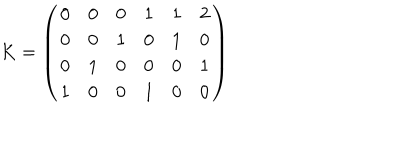
K = \left( \begin{matrix} { { 0 } } & { { 0 } } & { { 0 } } & { { 1 } } & { { 1 } } & { { 2 } } \\ { { 0 } } & { { 0 } } & { { 1 } } & { { 0 } } & { { 1 } } & { { 0 } } \\ { { 0 } } & { { 1 } } & { { 0 } } & { { 0 } } & { { 0 } } & { { 1 } } \\ { { 1 } } & { { 0 } } & { { 0 } } & { { 1 } } & { { 0 } } & { { 0 } } \\ \end{matrix} \right)